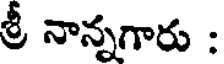
శ్రీ నాన్నగారు :